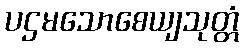
ပဌမသောစေယျသုတ္တံ